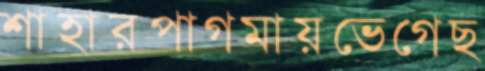
শাহারপাগমায়ভেগেছ